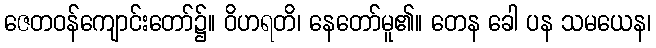
ဇေတဝန်ကျောင်းတော်၌။ ဝိဟရတိ၊ နေတော်မူ၏။ တေန ခေါ ပန သမယေန၊